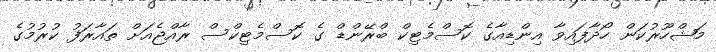
މަޝްހޫރުކަން ހޯދާފައިވާ އިންޑިއާގެ ކޮސްމެޓިކް ބްރޭންޑް ގެ ކޮސްމެޓިކްސް ރާއްޖެއަށް ތައާރަފު ކުރުމުގެ